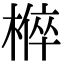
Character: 𭫚